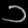
Digit: ၁